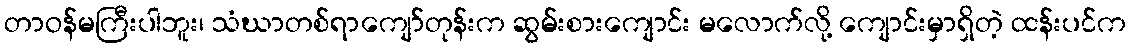
တာဝန်မကြီးပါဘူး၊ သံဃာတစ်ရာကျော်တုန်းက ဆွမ်းစားကျောင်း မလောက်လို့ ကျောင်းမှာရှိတဲ့ ထန်းပင်က